Lunatic asylums Punjab 1881-1894 - 1881-1894
Year: 1881
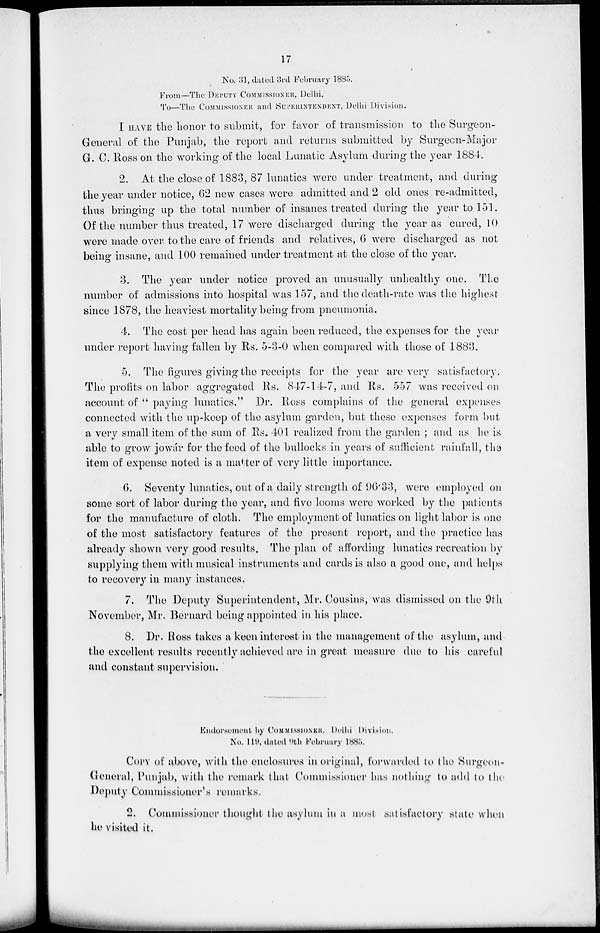
17
No. 31, dated 3rd February 1885.
From—The DEPUTY COMMISSIONER, Delhi,
To—The COMMISSIONER and SUPERINTENDENT, Delhi Division.
I HAVE the honor to submit, for favor of transmission to the Surgeon-
General of the Punjab, the report and returns submitted by Surgeon-Major
G. C. Ross on the working of the local Lunatic Asylum during the year 1884.
2. At the close of 1883, 87 lunatics were under treatment, and during
the year under notice, 62 new cases were admitted and 2 old ones re-admitted,
thus bringing up the total number of insanes treated during the year to 151.
Of the number thus treated, 17 were discharged during the year as cured, 10
were made over to the care of friends and relatives, 6 were discharged as not
being insane, and 100 remained under treatment at the close of the year.
3. The year under notice proved an unusually unhealthy one. The
number of admissions into hospital was 157, and the death-rate was the highest
since 1878, the heaviest mortality being from pneumonia.
4. The cost per head has again been reduced, the expenses for the year
under report having fallen by Rs. 5-3-0 when compared with those of 1883.
5. The figures giving the receipts for the year are very satisfactory.
The profits on labor aggregated Rs. 847-14-7, and Rs. 557 was received on
account of " paying lunatics." Dr. Ross complains of the general expenses
connected with the up-keep of the asylum garden, but these expenses form but
a very small item of the sum of Rs. 401 realized from the garden ; and as he is
able to grow jowár for the feed of the bullocks in years of sufficient rainfall, the
item of expense noted is a matter of very little importance.
6. Seventy lunatics, out of a daily strength of 96.33, were employed on
some sort of labor during the year, and five looms were worked by the patients
for the manufacture of cloth. The employment of lunatics on light labor is one
of the most satisfactory features of the present report, and the practice has
already shown very good results. The plan of affording lunatics recreation by
supplying them with musical instruments and cards is also a good one, and helps
to recovery in many instances.
7. The Deputy Superintendent, Mr. Cousins, was dismissed on the 9th
November, Mr. Bernard being appointed in his place.
8. Dr. Ross takes a keen interest in the management of the asylum, and
the excellent results recently achieved are in great measure due to his careful
and constant supervision.
Endorsement by COMMISSIONER, Delhi Division.
No. 119, dated 9th February 1885.
COPY of above, with the enclosures in original, forwarded to the Surgeon-
General, Punjab, with the remark that Commissioner has nothing to add to the
Deputy Commissioner's remarks.
2. Commissioner thought the asylum in a most satisfactory state when
he visited it.